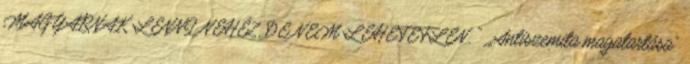
MAGYARNAK LENNI NEHÉZ, DE NEM LEHETETLEN. " „Antiszemita magatartása”